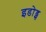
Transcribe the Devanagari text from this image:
इडोड्स